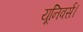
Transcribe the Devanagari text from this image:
यूनिवर्स।